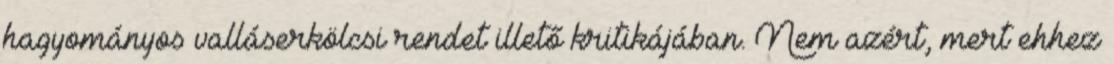
hagyományos valláserkölcsi rendet illető kritikájában. Nem azért, mert ehhez